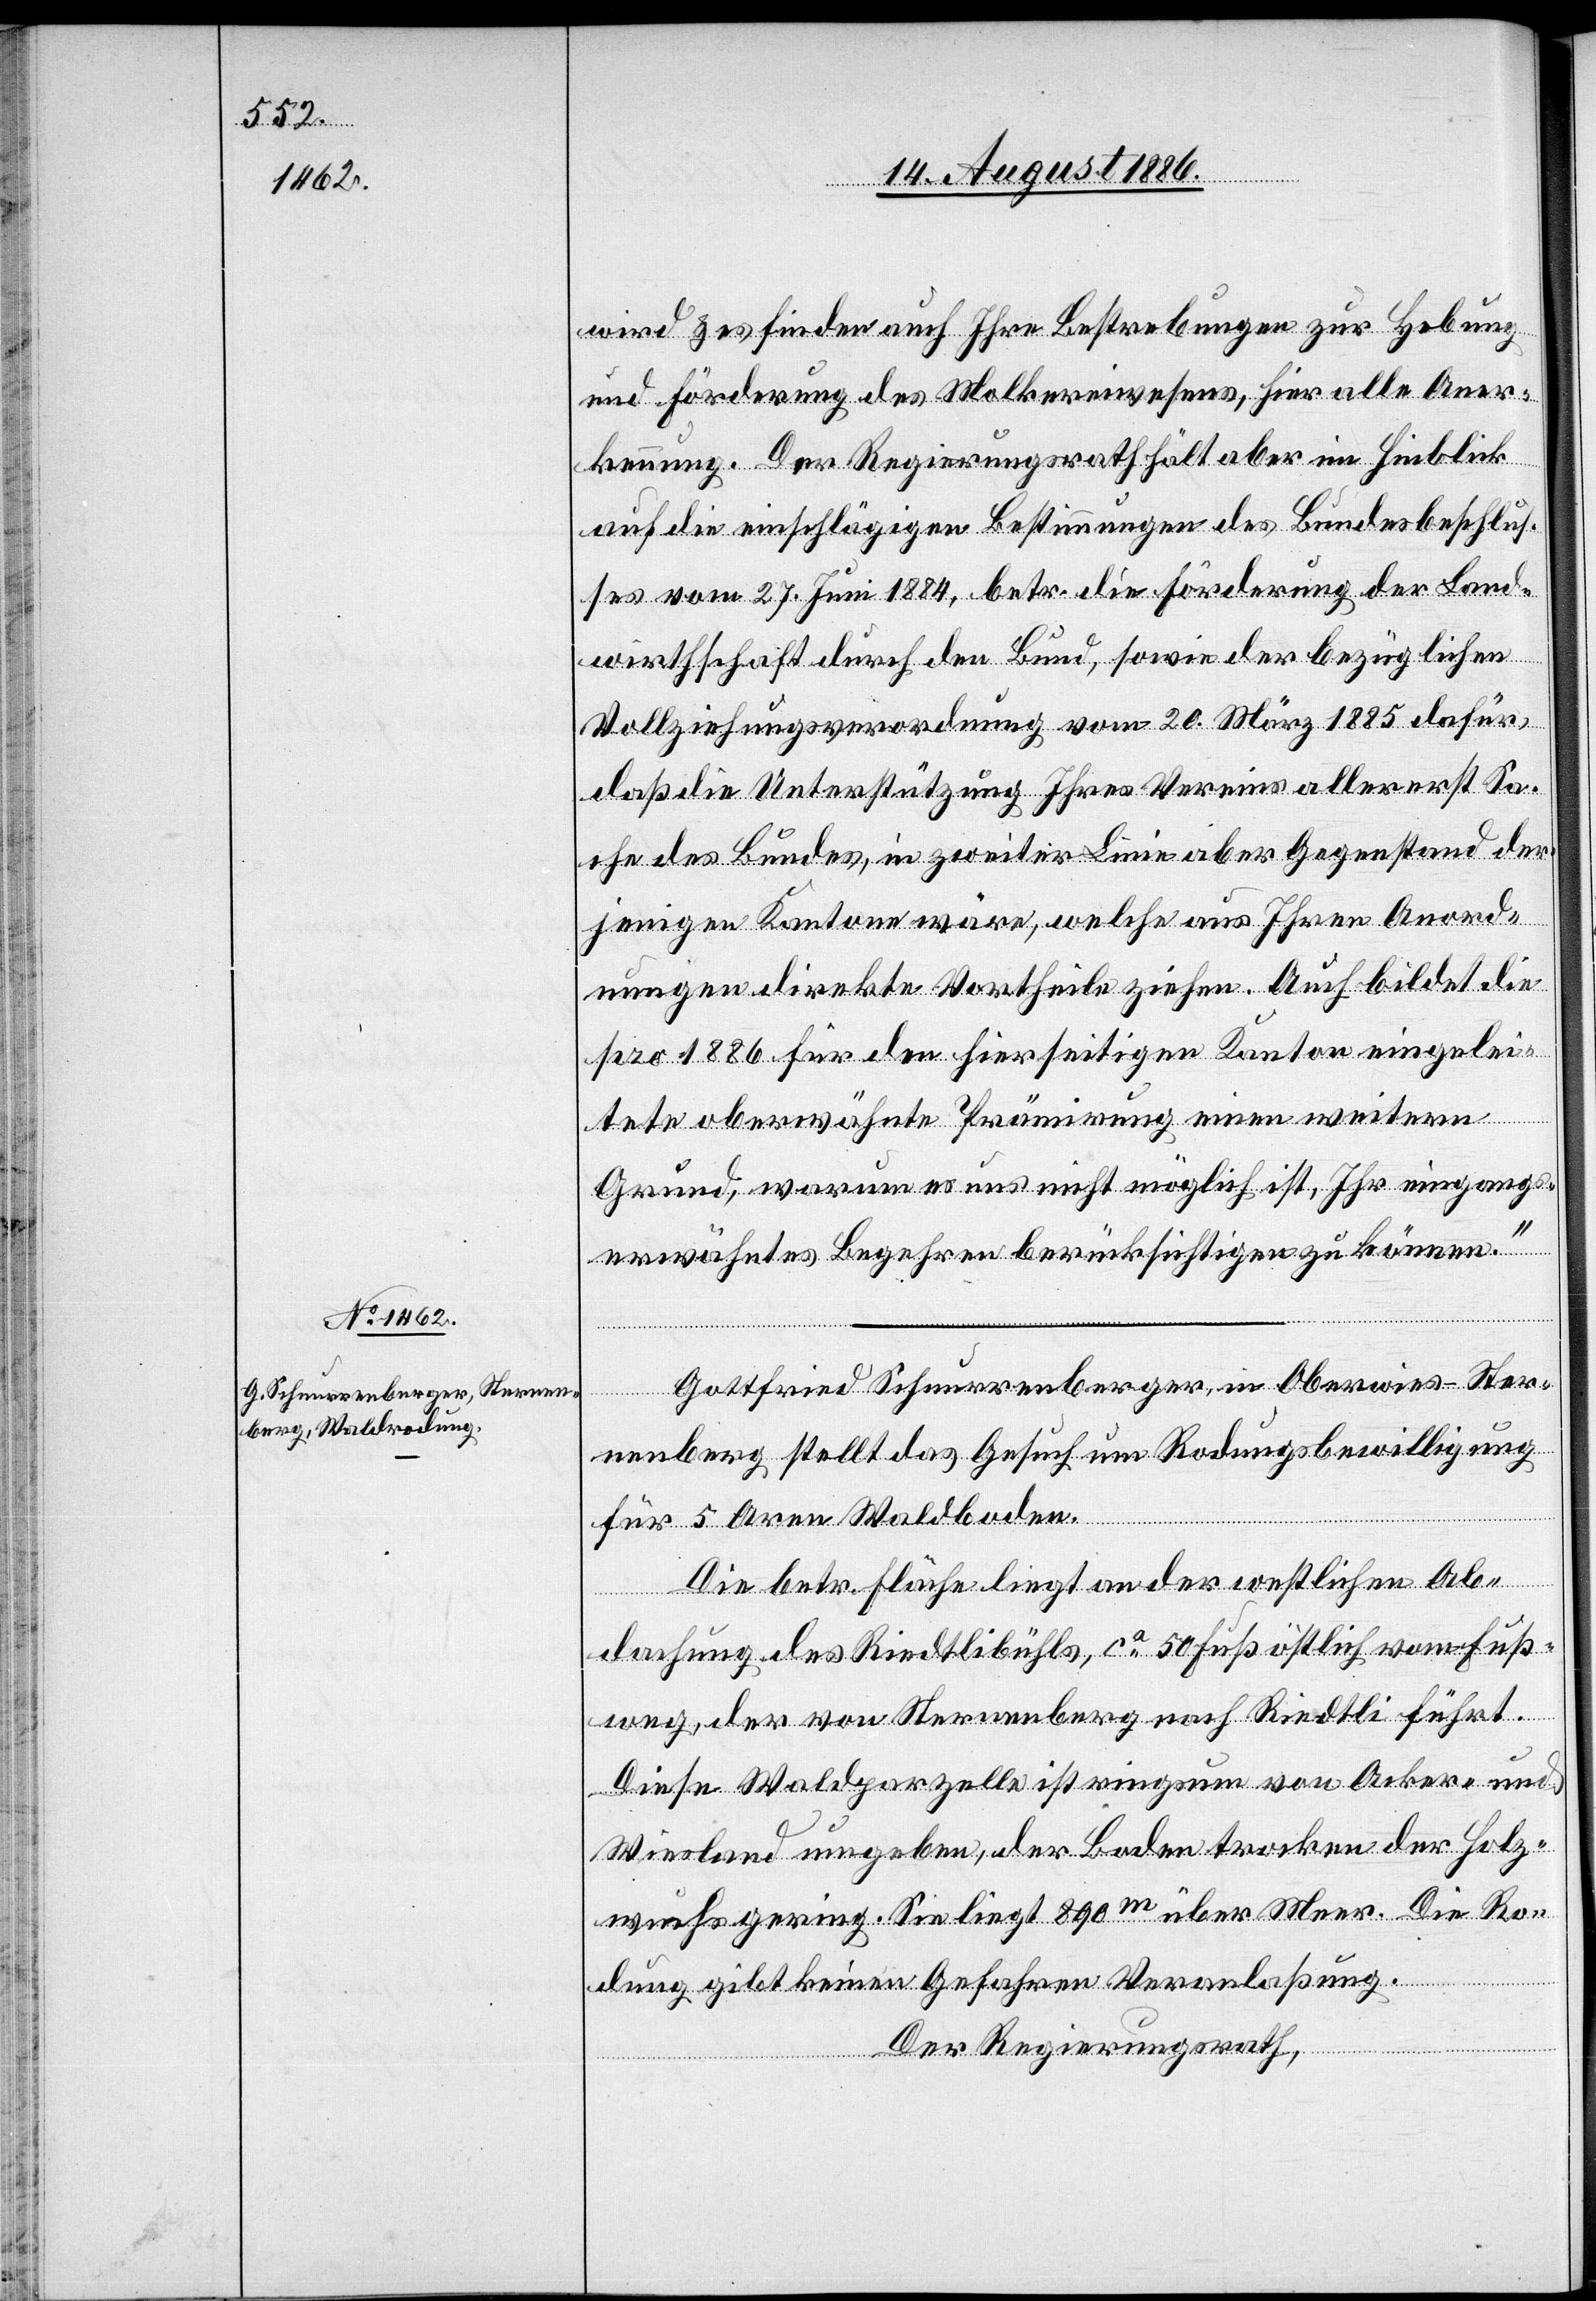
wird & es finden auch Ihre Bestrebungen zur Hebung
und Förderung des Molkereiwesens, hier alle Aner¬
kennung. Der Regierungsrath hält aber im Hinblick
auf die einschlägigen Bestimmungen des Bundesbeschlus¬
ses vom 27. Juni 1884, betr. die Förderung der Land¬
wirthschaft durch den Bund, sowie der bezüglichen
Vollziehungsverordnung vom 20. März 1885 dafür,
daß die Unterstützung Ihres Vereins allererst Sa¬
che des Bundes, in zweiter Linie aber Gegenstand der¬
jenigen Kantone wäre, welche aus Ihren Anord¬
nungen direkte Vortheile ziehen. Auch bildet die
pro 1886 für den hierseitigen Kanton eingelei¬
tete oberwähnte Prämirung einen weitern
Grund, warum es uns nicht möglich ist, Ihr eingang¬
s
erwähntes Begehren berücksichtigen zu können.“
Gottfried Schnurrenberger, in Oberwies - Ster¬
nenberg stellt das Gesuch um Rodungsbewilligung
für 5 Aren Waldboden.
Die betr. Fläche liegt an der westlichen Ab¬
dachung des Riedtlibühls, ca 50 Fuß östlich vom Fuß¬
weg, der von Sternenberg nach Riedtli führt.
Diese Waldparzelle ist ringsum von Acker- und
Wiesland umgeben, der Boden trocken, der Holz¬
wuchs gering. Sie liegt 890m über Meer. Die Ro¬
dung gibt keinen Gefahren Veranlaßung.
Der Regierungsrath,